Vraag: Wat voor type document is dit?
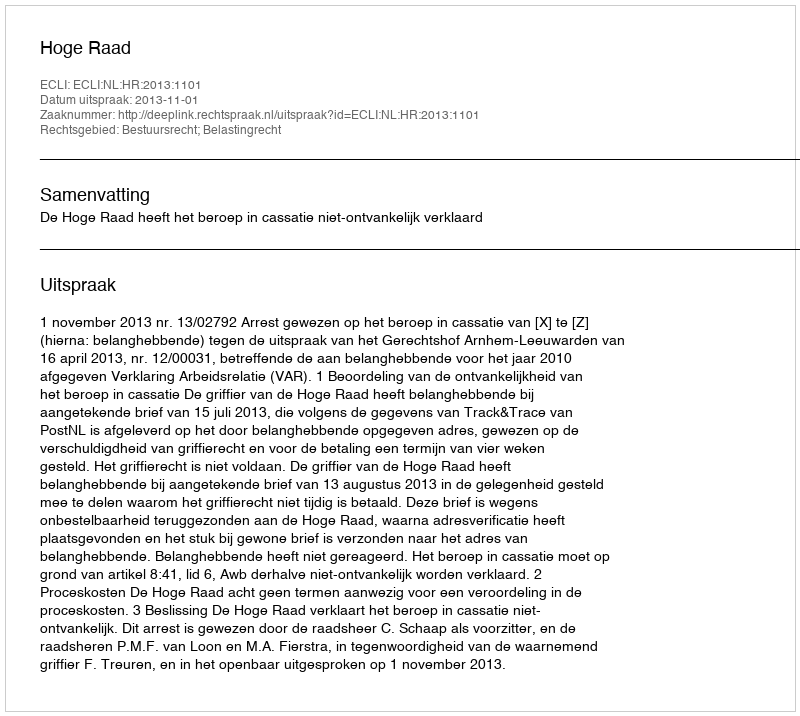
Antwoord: Uitspraak